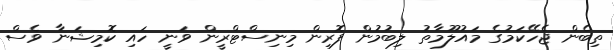
ތިބެން ޖެހޭކަމުގެ މައުލޫމާތު ލިބުމުން ފޮރިން މިނިސްޓްރީން ވަނީ ހައި ކޮމިޝަނާ ވެސް